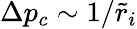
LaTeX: \Delta p_{c}\sim 1/\tilde{r}_{i}